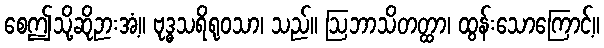
စေဤသို့ဆိုဉားအံ့။ ဗုဒ္ဓသရိရုဝသာ၊ သည်။ ဩဘာသိတတ္ထာ၊ ထွန်းသောကြောင့်။